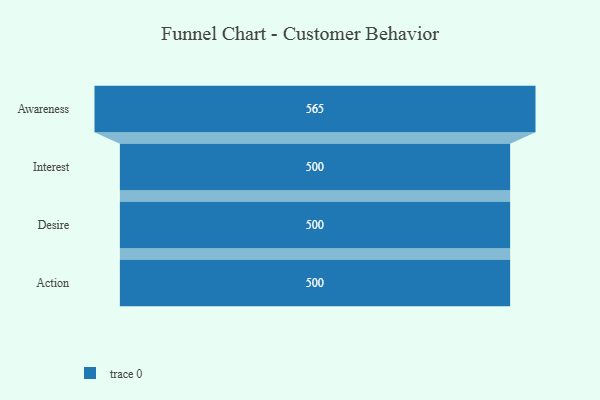
{"axis": {"x": "Stage", "y": "Value"}, "legend": [""], "data": [{"x": "Awareness", "y": 565.0, "type": ""}, {"x": "Interest", "y": 500, "type": ""}, {"x": "Desire", "y": 500, "type": ""}, {"x": "Action", "y": 500, "type": ""}]}